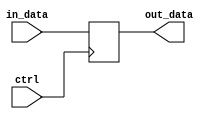
module bidirectional_buffer #(
    parameter WIDTH = 8
)(
    input wire ctrl,
    input wire [WIDTH-1:0] in_data,
    output reg [WIDTH-1:0] out_data
);

always @ (posedge ctrl) begin
    if (ctrl)
        out_data <= in_data;
    else
        out_data <= 0;
end

endmodule